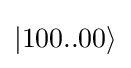
|100..00\rangle